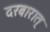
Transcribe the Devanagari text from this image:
दरबारात्